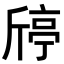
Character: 𣂴